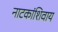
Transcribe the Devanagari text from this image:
नाटकांशिवाय